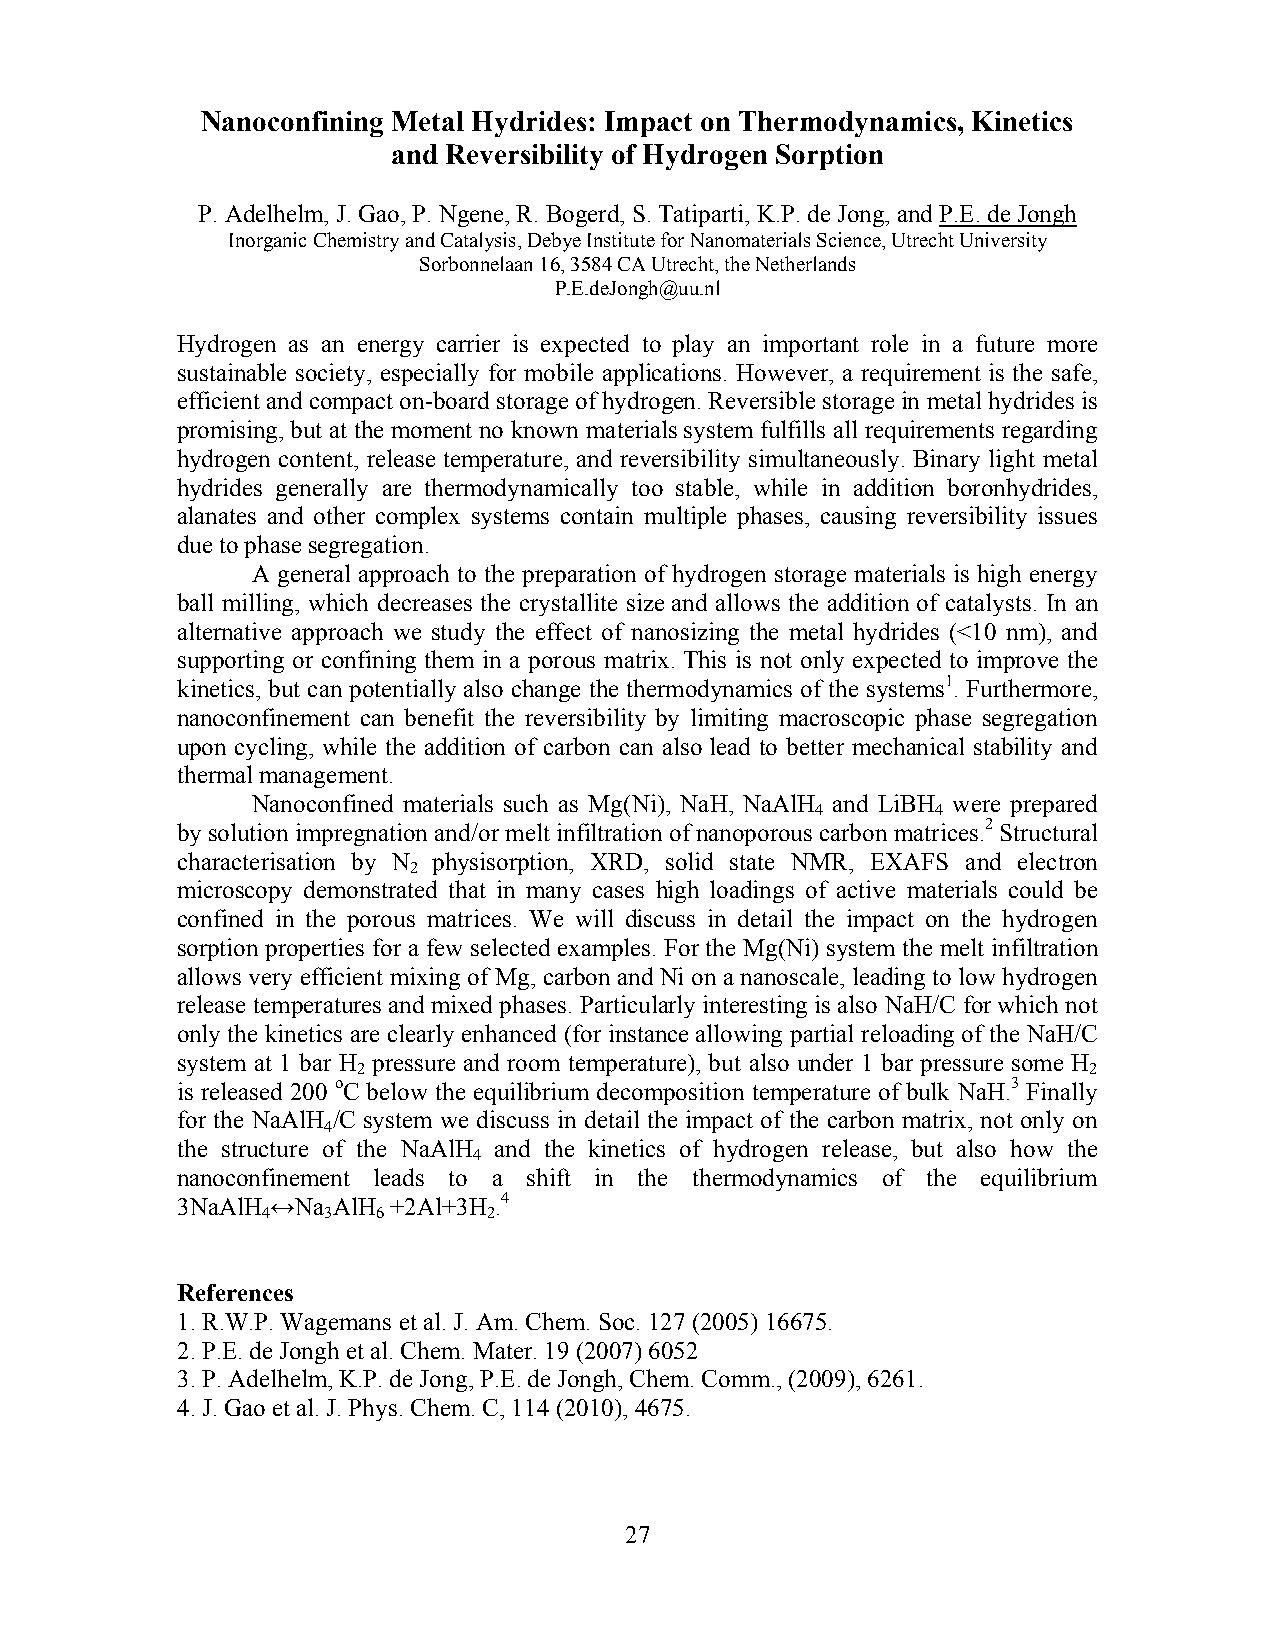
Nanoconfining Metal Hydrides: Impact on Thermodynamics, Kinetics
 and Reversibility of Hydrogen Sorption
 P. Adelhelm, J. Gao, P. Ngene, R. Bogerd, S. Tatiparti, K.P. de Jong, and P.E. de Jongh
 Inorganic Chemistry and Catalysis, Debye Institute for Nanomaterials Science, Utrecht University
 Sorbonnelaan 16, 3584 CA Utrecht, the Netherlands
 P.E.deJongh@uu.nl
 Hydrogen as an energy carrier is expected to play an important role in a future more
 sustainable society, especially for mobile applications. However, a requirement is the safe,
 efficient and compact on-board storage of hydrogen. Reversible storage in metal hydrides is
 promising, but at the moment no known materials system fulfills all requirements regarding
 hydrogen content, release temperature, and reversibility simultaneously. Binary light metal
 hydrides generally are thermodynamically too stable, while in addition boronhydrides,
 alanates and other complex systems contain multiple phases, causing reversibility issues
 due to phase segregation.
 A general approach to the preparation of hydrogen storage materials is high energy
 ball milling, which decreases the crystallite size and allows the addition of catalysts. In an
 alternative approach we study the effect of nanosizing the metal hydrides (<10 nm), and
 supporting or confining them in a porous matrix. This is not only expected to improve the
 kinetics, but can potentially also change the thermodynamics of the systems1. Furthermore,
 nanoconfinement can benefit the reversibility by limiting macroscopic phase segregation
 upon cycling, while the addition of carbon can also lead to better mechanical stability and
 thermal management.
 Nanoconfined materials such as Mg(Ni), NaH, NaAlH and LiBH were prepared
 4       4
 by solution impregnation and/or melt infiltration of nanoporous carbon matrices.2 Structural
 characterisation by N physisorption, XRD, solid state NMR, EXAFS and electron
 2
 microscopy demonstrated that in many cases high loadings of active materials could be
 confined in the porous matrices. We will discuss in detail the impact on the hydrogen
 sorption properties for a few selected examples. For the Mg(Ni) system the melt infiltration
 allows very efficient mixing of Mg, carbon and Ni on a nanoscale, leading to low hydrogen
 release temperatures and mixed phases. Particularly interesting is also NaH/C for which not
 only the kinetics are clearly enhanced (for instance allowing partial reloading of the NaH/C
 system at 1 bar H pressure and room temperature), but also under 1 bar pressure some H
 2                                               2
 is released 200 oC below the equilibrium decomposition temperature of bulk NaH.3 Finally
 for the NaAlH /C system we discuss in detail the impact of the carbon matrix, not only on
 4
 the structure of the NaAlH and the kinetics of hydrogen release, but also how the
 4
 nanoconfinement leads to a shift in the thermodynamics of the equilibrium
 3NaAlH ↔Na AlH +2Al+3H .4
 4   3   6      2
 References
 1. R.W.P. Wagemans et al. J. Am. Chem. Soc. 127 (2005) 16675.
 2. P.E. de Jongh et al. Chem. Mater. 19 (2007) 6052
 3. P. Adelhelm, K.P. de Jong, P.E. de Jongh, Chem. Comm., (2009), 6261.
 4. J. Gao et al. J. Phys. Chem. C, 114 (2010), 4675.
 27